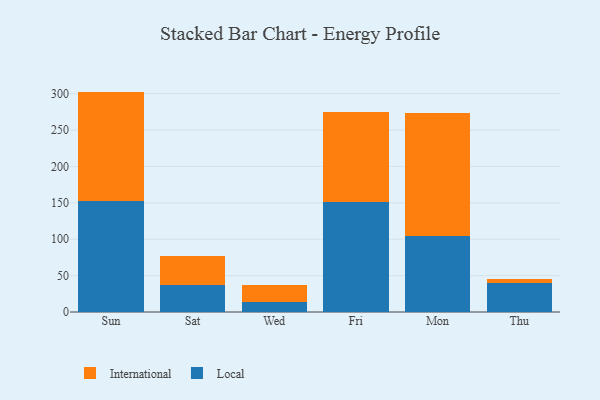
{"axis": {"x": "Day", "y": "Gross Profit (USD K)"}, "legend": ["International", "Local"], "data": [{"x": "Sun", "y": 152.2, "type": "Local"}, {"x": "Sun", "y": 150.7, "type": "International"}, {"x": "Sat", "y": 36.7, "type": "Local"}, {"x": "Sat", "y": 40.3, "type": "International"}, {"x": "Wed", "y": 13.8, "type": "Local"}, {"x": "Wed", "y": 24.0, "type": "International"}, {"x": "Fri", "y": 151.3, "type": "Local"}, {"x": "Fri", "y": 123.6, "type": "International"}, {"x": "Mon", "y": 104.6, "type": "Local"}, {"x": "Mon", "y": 168.6, "type": "International"}, {"x": "Thu", "y": 40.3, "type": "Local"}, {"x": "Thu", "y": 5.7, "type": "International"}]}